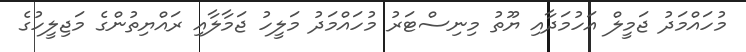
މުހައްމަދު ޖަމީލް އަހުމަދާއި ޔޫތު މިިނިސްޓަރު މުހައްމަދު މަލީހު ޖަމާލާއި ރައްޔިތުންގެ މަޖިލީހުގެ